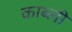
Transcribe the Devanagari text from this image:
काब्ली